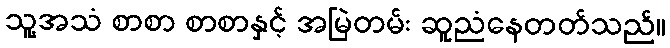
သူ့အသံ စာစာ စာစာနှင့် အမြဲတမ်း ဆူညံနေတတ်သည်။